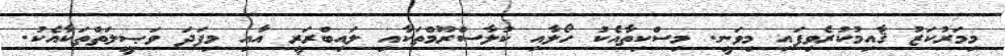
މިމަރުކަޒު ޤާއިމުކުރެވިފައި މިވަނީ. މިސްކިތާއެކު ހޯލާއި ކުލާސްރޫމްތަކާއި ލައިބްރަރީ އާއި މިފަދަ ވަޞީލަތްތަކާއެކު.